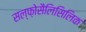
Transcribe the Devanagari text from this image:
सल्फ़ोसैलिसिलिक